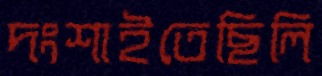
দংশাইতেছিলি